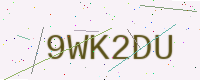
Text: 9WK2DU